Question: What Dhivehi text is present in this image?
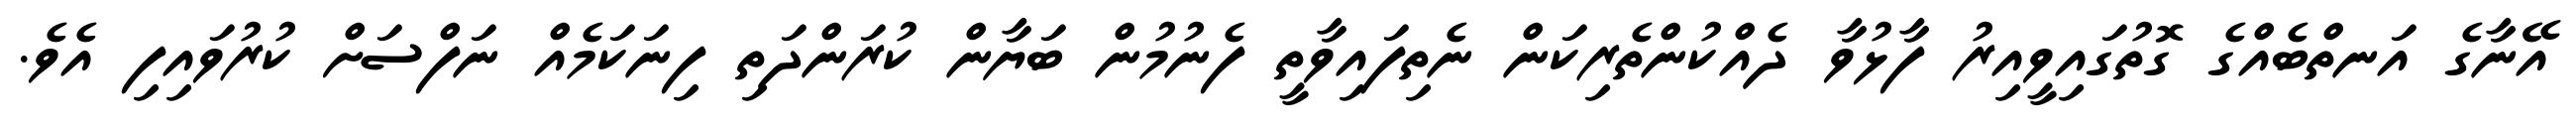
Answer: އޭނާގެ އަނތްބެއްގެ ގޮތުގައިވީއިރު ފާޅުވާ ދެއްކުންތެރިކަން ނެތިފައިވާތީ ފެނުމުން ބަޔާން ކުރަންދަތި ފިނަކަމެއް ނަފްސަށް ކުރުވައިފި އެވެ.